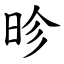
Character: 昣